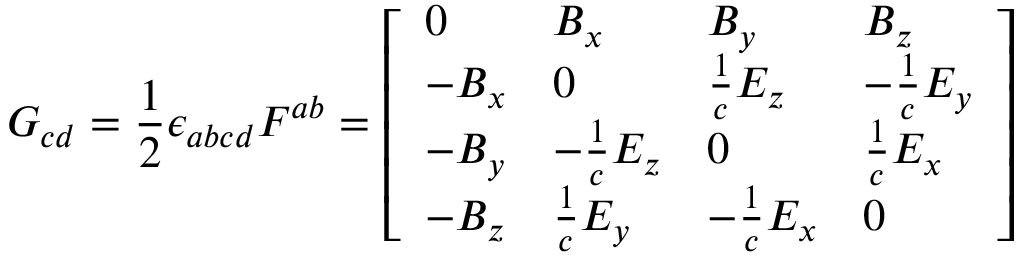
G _ { c d } = { \frac { 1 } { 2 } } \epsilon _ { a b c d } F ^ { a b } = { \left[ \begin{array} { l l l l } { 0 } & { B _ { x } } & { B _ { y } } & { B _ { z } } \\ { - B _ { x } } & { 0 } & { { \frac { 1 } { c } } E _ { z } } & { - { \frac { 1 } { c } } E _ { y } } \\ { - B _ { y } } & { - { \frac { 1 } { c } } E _ { z } } & { 0 } & { { \frac { 1 } { c } } E _ { x } } \\ { - B _ { z } } & { { \frac { 1 } { c } } E _ { y } } & { - { \frac { 1 } { c } } E _ { x } } & { 0 } \end{array} \right] }